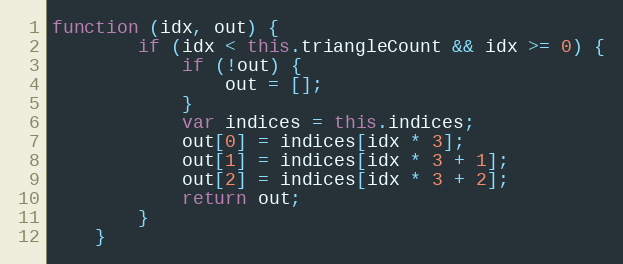
Language: JavaScript
function (idx, out) {
        if (idx < this.triangleCount && idx >= 0) {
            if (!out) {
                out = [];
            }
            var indices = this.indices;
            out[0] = indices[idx * 3];
            out[1] = indices[idx * 3 + 1];
            out[2] = indices[idx * 3 + 2];
            return out;
        }
    }